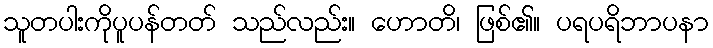
သူတပါးကိုပူပန်တတ် သည်လည်း။ ဟောတိ၊ ဖြစ်၏။ ပရပရိဘာပနာ